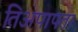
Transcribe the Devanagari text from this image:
तिअपापता